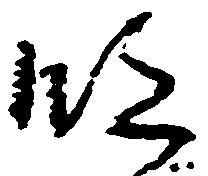
段